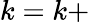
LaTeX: k=k+